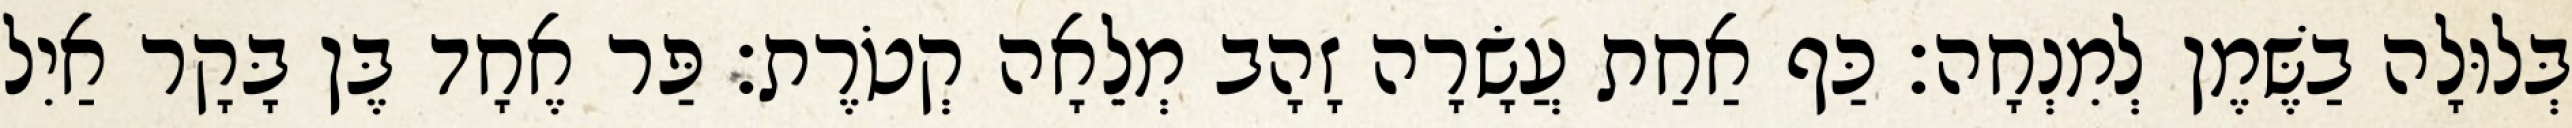
בְּלוּלָה בַשֶּׁמֶן לְמִנְחָה׃ כַּף אַחַת עֲשָׂרָה זָהָב מְלֵאָה קְטֹרֶת׃ פַּר אֶחָד בֶּן בָּקָר אַיִל